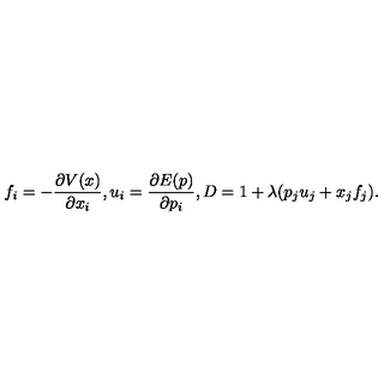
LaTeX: f _ { i } = - \frac { \partial V ( x ) } { \partial x _ { i } } , u _ { i } = \frac { \partial E ( p ) } { \partial p _ { i } } , D = 1 + \lambda ( p _ { j } u _ { j } + x _ { j } f _ { j } ) .